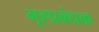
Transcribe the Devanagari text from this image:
गृह्प्रबंधक